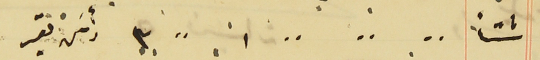
شتأً ⸗ ⸗  ⸗ ١ ⸗ ٣ رأس بقر